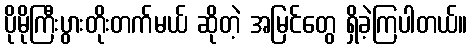
ပိုမိုကြီးပွားတိုးတက်မယ် ဆိုတဲ့ အမြင်တွေ ရှိခဲ့ကြပါတယ်။